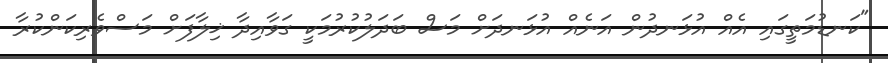
"ކަނޑުމަތީގައި އެއް އުޅަނދުން އަނެއް އުޅަނދަށް މަސް ބަދަލުކުރުމަކީ ގަވާއިދާ ޚިލާފަށް މަސްވެރިކަންކުރާ